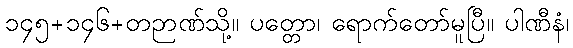
၁၄၅+၁၄၆+တဉာဏ်သို့။ ပတ္တော၊ ရောက်တော်မူပြီ။ ပါဏီနံ၊